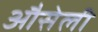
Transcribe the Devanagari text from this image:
औसेली